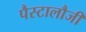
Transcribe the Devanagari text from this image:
पैस्टालौजी